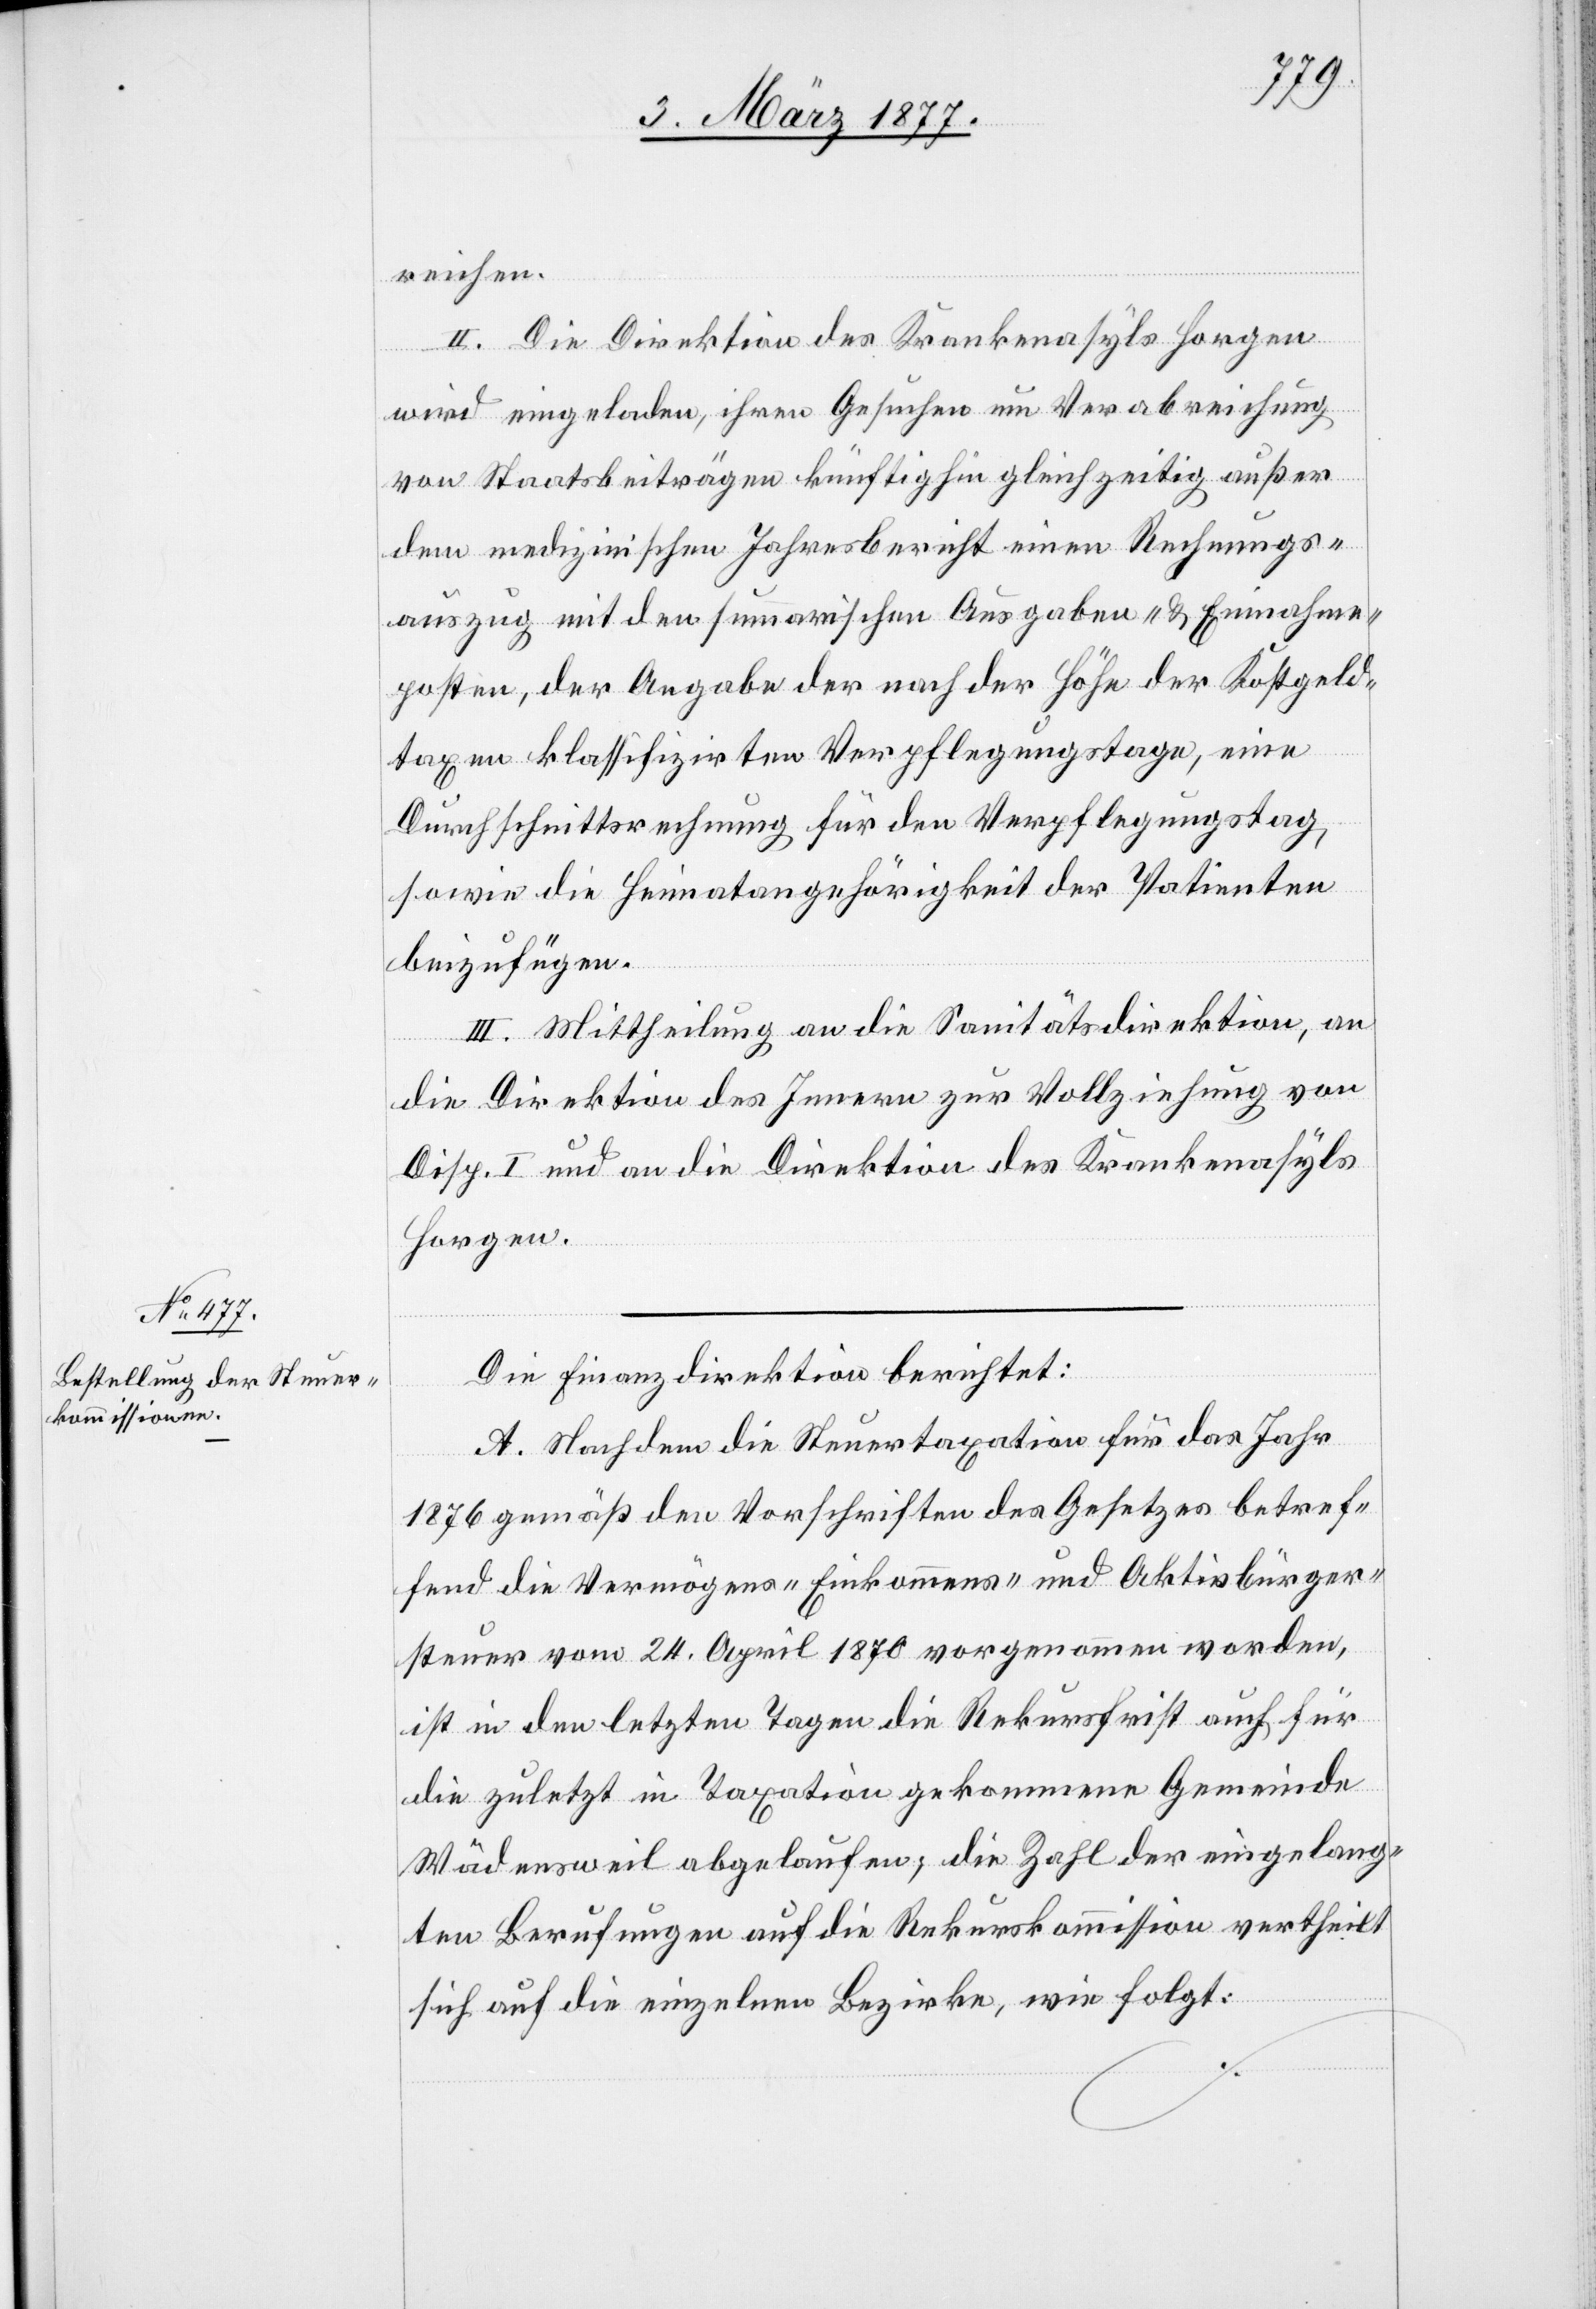
Die Finanzdirektion berichtet:
A. Nachdem die Steuertaxation für das Jahr
1876 gemäß den Vorschriften des Gesetzes betref¬
fend die Vermögens- Einkommens- und Aktivbürger¬
steuer vom 24. April 1870 vorgenommen worden,
ist in den letzten Tagen die Rekursfrist auch für
die zuletzt in Taxation gekommene Gemeinde
Wädensweil abgelaufen; die Zahl der eingeleg¬
ten Berufungen auf die Rekurskommission vertheilt
sich auf die einzelnen Bezirke, wie folgt: